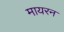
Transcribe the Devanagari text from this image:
मायरन